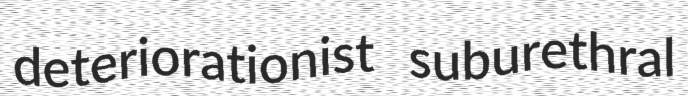
deteriorationist suburethral